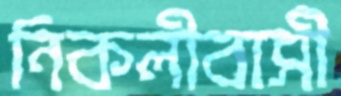
নিকলীবাসী